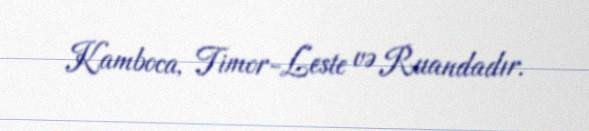
Kamboca, Timor-Leste və Ruandadır.